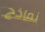
نماذج